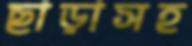
ছাড়াসহ